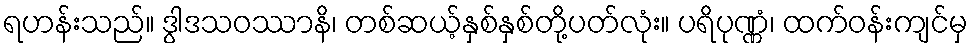
ရဟန်းသည်။ ဒွါဒသဝဿာနိ၊ တစ်ဆယ့်နှစ်နှစ်တို့ပတ်လုံး။ ပရိပုဏ္ဏံ၊ ထက်ဝန်းကျင်မှ